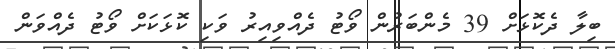
ބިލާ ދެކޮޅަށް 39 މެންބަރުން ވޯޓު ދެއްވިއިރު ވަކި ކޮޅަކަށް ވޯޓު ދެއްވަން